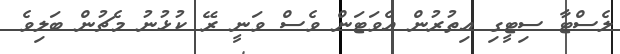
ލެސްޓާ ސިޓީގި އިތުރުން އެވަޓަން ވެސް ވަނީ ރޭ ކުޅުނު މެޗުން ބަލިވެ